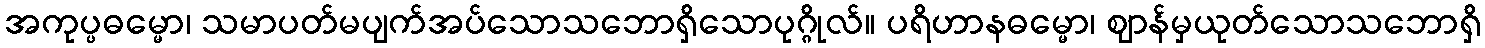
အကုပ္ပဓမ္မော၊ သမာပတ်မပျက်အပ်သောသဘောရှိသောပုဂ္ဂိုလ်။ ပရိဟာနဓမ္မော၊ ဈာန်မှယုတ်သောသဘောရှိ